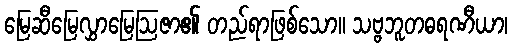
မြေဆီမြေလွှာမြေဩဇာ၏ တည်ရာဖြစ်သော။ သဗ္ဗဘူတဓရဏီယာ၊